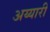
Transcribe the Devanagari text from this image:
अय्यारी